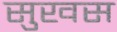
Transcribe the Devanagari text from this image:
सुखस